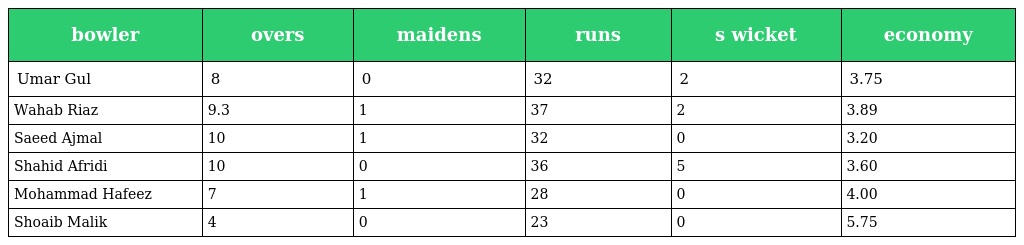
| bowler | overs | maidens | runs | s wicket | economy |
 | --- | --- | --- | --- | --- | --- |
 | Umar Gul | 8 | 0 | 32 | 2 | 3.75 |
 | Wahab Riaz | 9.3 | 1 | 37 | 2 | 3.89 |
 | Saeed Ajmal | 10 | 1 | 32 | 0 | 3.20 |
 | Shahid Afridi | 10 | 0 | 36 | 5 | 3.60 |
 | Mohammad Hafeez | 7 | 1 | 28 | 0 | 4.00 |
 | Shoaib Malik | 4 | 0 | 23 | 0 | 5.75 |